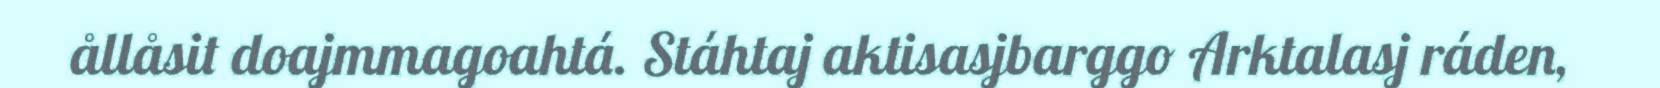
ållåsit doajmmagoahtá. Stáhtaj aktisasjbarggo Arktalasj ráden,